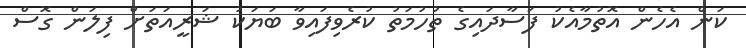
ކަން އެހެން އޮތުމާއެކު ފަސާދައިގެ ތުހުމަތު ކުރެވިފައިވާ ބަޔަކު ޝަރީއަތަށް ފިލަން ގޮސް